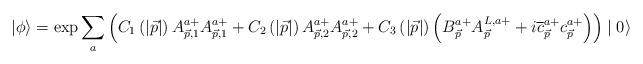
LaTeX: \begin{align*}|\phi \rangle =\exp \sum\limits_a\left(C_1\left(\left|\vec{p}\right| \right)A_{\vec{p},1}^{a+}A_{\vec{p},1}^{a+}+C_2\left(\left|\vec{p}\right| \right)A_{\vec{p},2}^{a+}A_{\vec{p},2}^{a+}+C_3\left(\left|\vec{p}\right| \right)\left(B_{\vec{p}}^{a+}A_{\vec{p}}^{L,a+}+i\overline{c}_{\vec{p}}^{a+}c_{\vec{p}}^{a+}\right) \right) \mid 0\rangle \end{align*}